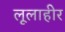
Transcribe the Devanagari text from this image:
लूलाहीर